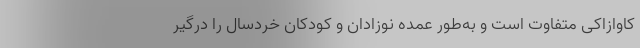
کاوازاکی متفاوت است و به‌طور عمده نوزادان و کودکان خردسال را درگیر